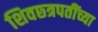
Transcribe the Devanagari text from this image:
शिवछ्त्रपतींच्या